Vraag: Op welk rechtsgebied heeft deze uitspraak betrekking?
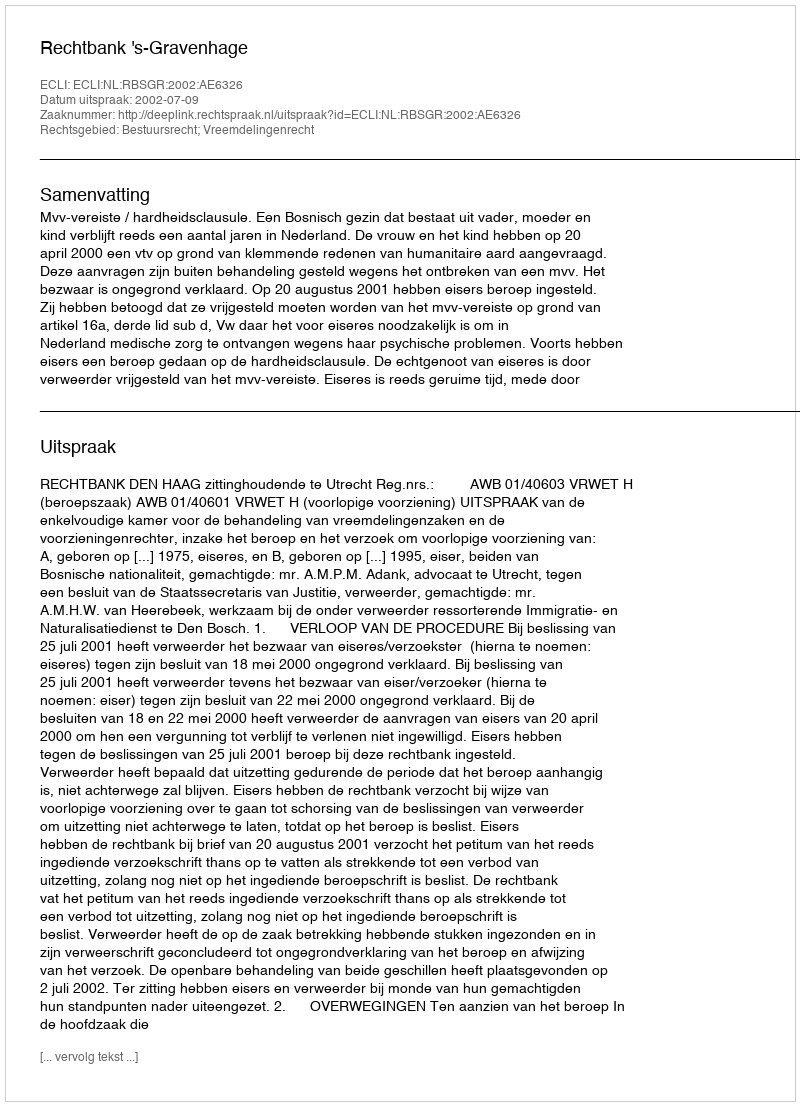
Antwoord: Bestuursrecht; Vreemdelingenrecht